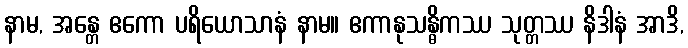
နာမ, အန္တေ ဧကော ပရိယောသာနံ နာမ။ ဧကာနုသန္ဓိကဿ သုတ္တဿ နိဒါနံ အာဒိ,